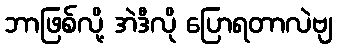
ဘာဖြစ်လို့ အဲဒီလို ပြောရတာလဲဗျ